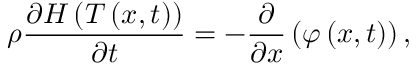
\rho \frac { \partial H \left( T \left( x , t \right) \right) } { \partial t } = - \frac { \partial } { \partial x } \left( \varphi \left( x , t \right) \right) ,